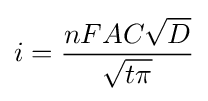
i={\frac {nFAC{\sqrt {D}}}{\sqrt {t\pi }}}